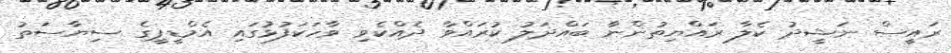
ރައީސް ނަޝީދު ކެލާ ރައްޔިތުންނާ ބައްދަލު ކުރައްވާ ދެއްކެވި ވާހަކަފުޅުގައި އެމްޑީޕީގެ ސިޔާސަތު